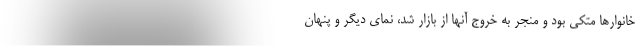
خانوارها متکی بود و منجر به خروج آنها از بازار شد، نمای دیگر و پنهان